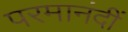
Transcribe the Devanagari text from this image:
परमानंदीं